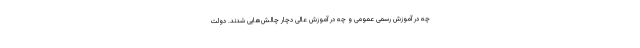
چه در آموزش رسمی عمومی و چه در آموزش عالی دچار چالش‌هایی شدند. دولت